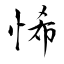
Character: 悕